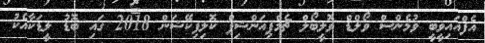
އެފްއައިވީބީ ވުމެންސް ވޯލްޑް ވޮލީބޯލް ޗެމްޕިއަންޝިޕް ކޮލިފިކޭޝަން 2018 ގައި ބޮޑު ލީޑަކާއެކު